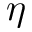
\eta